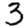
Digit: 3